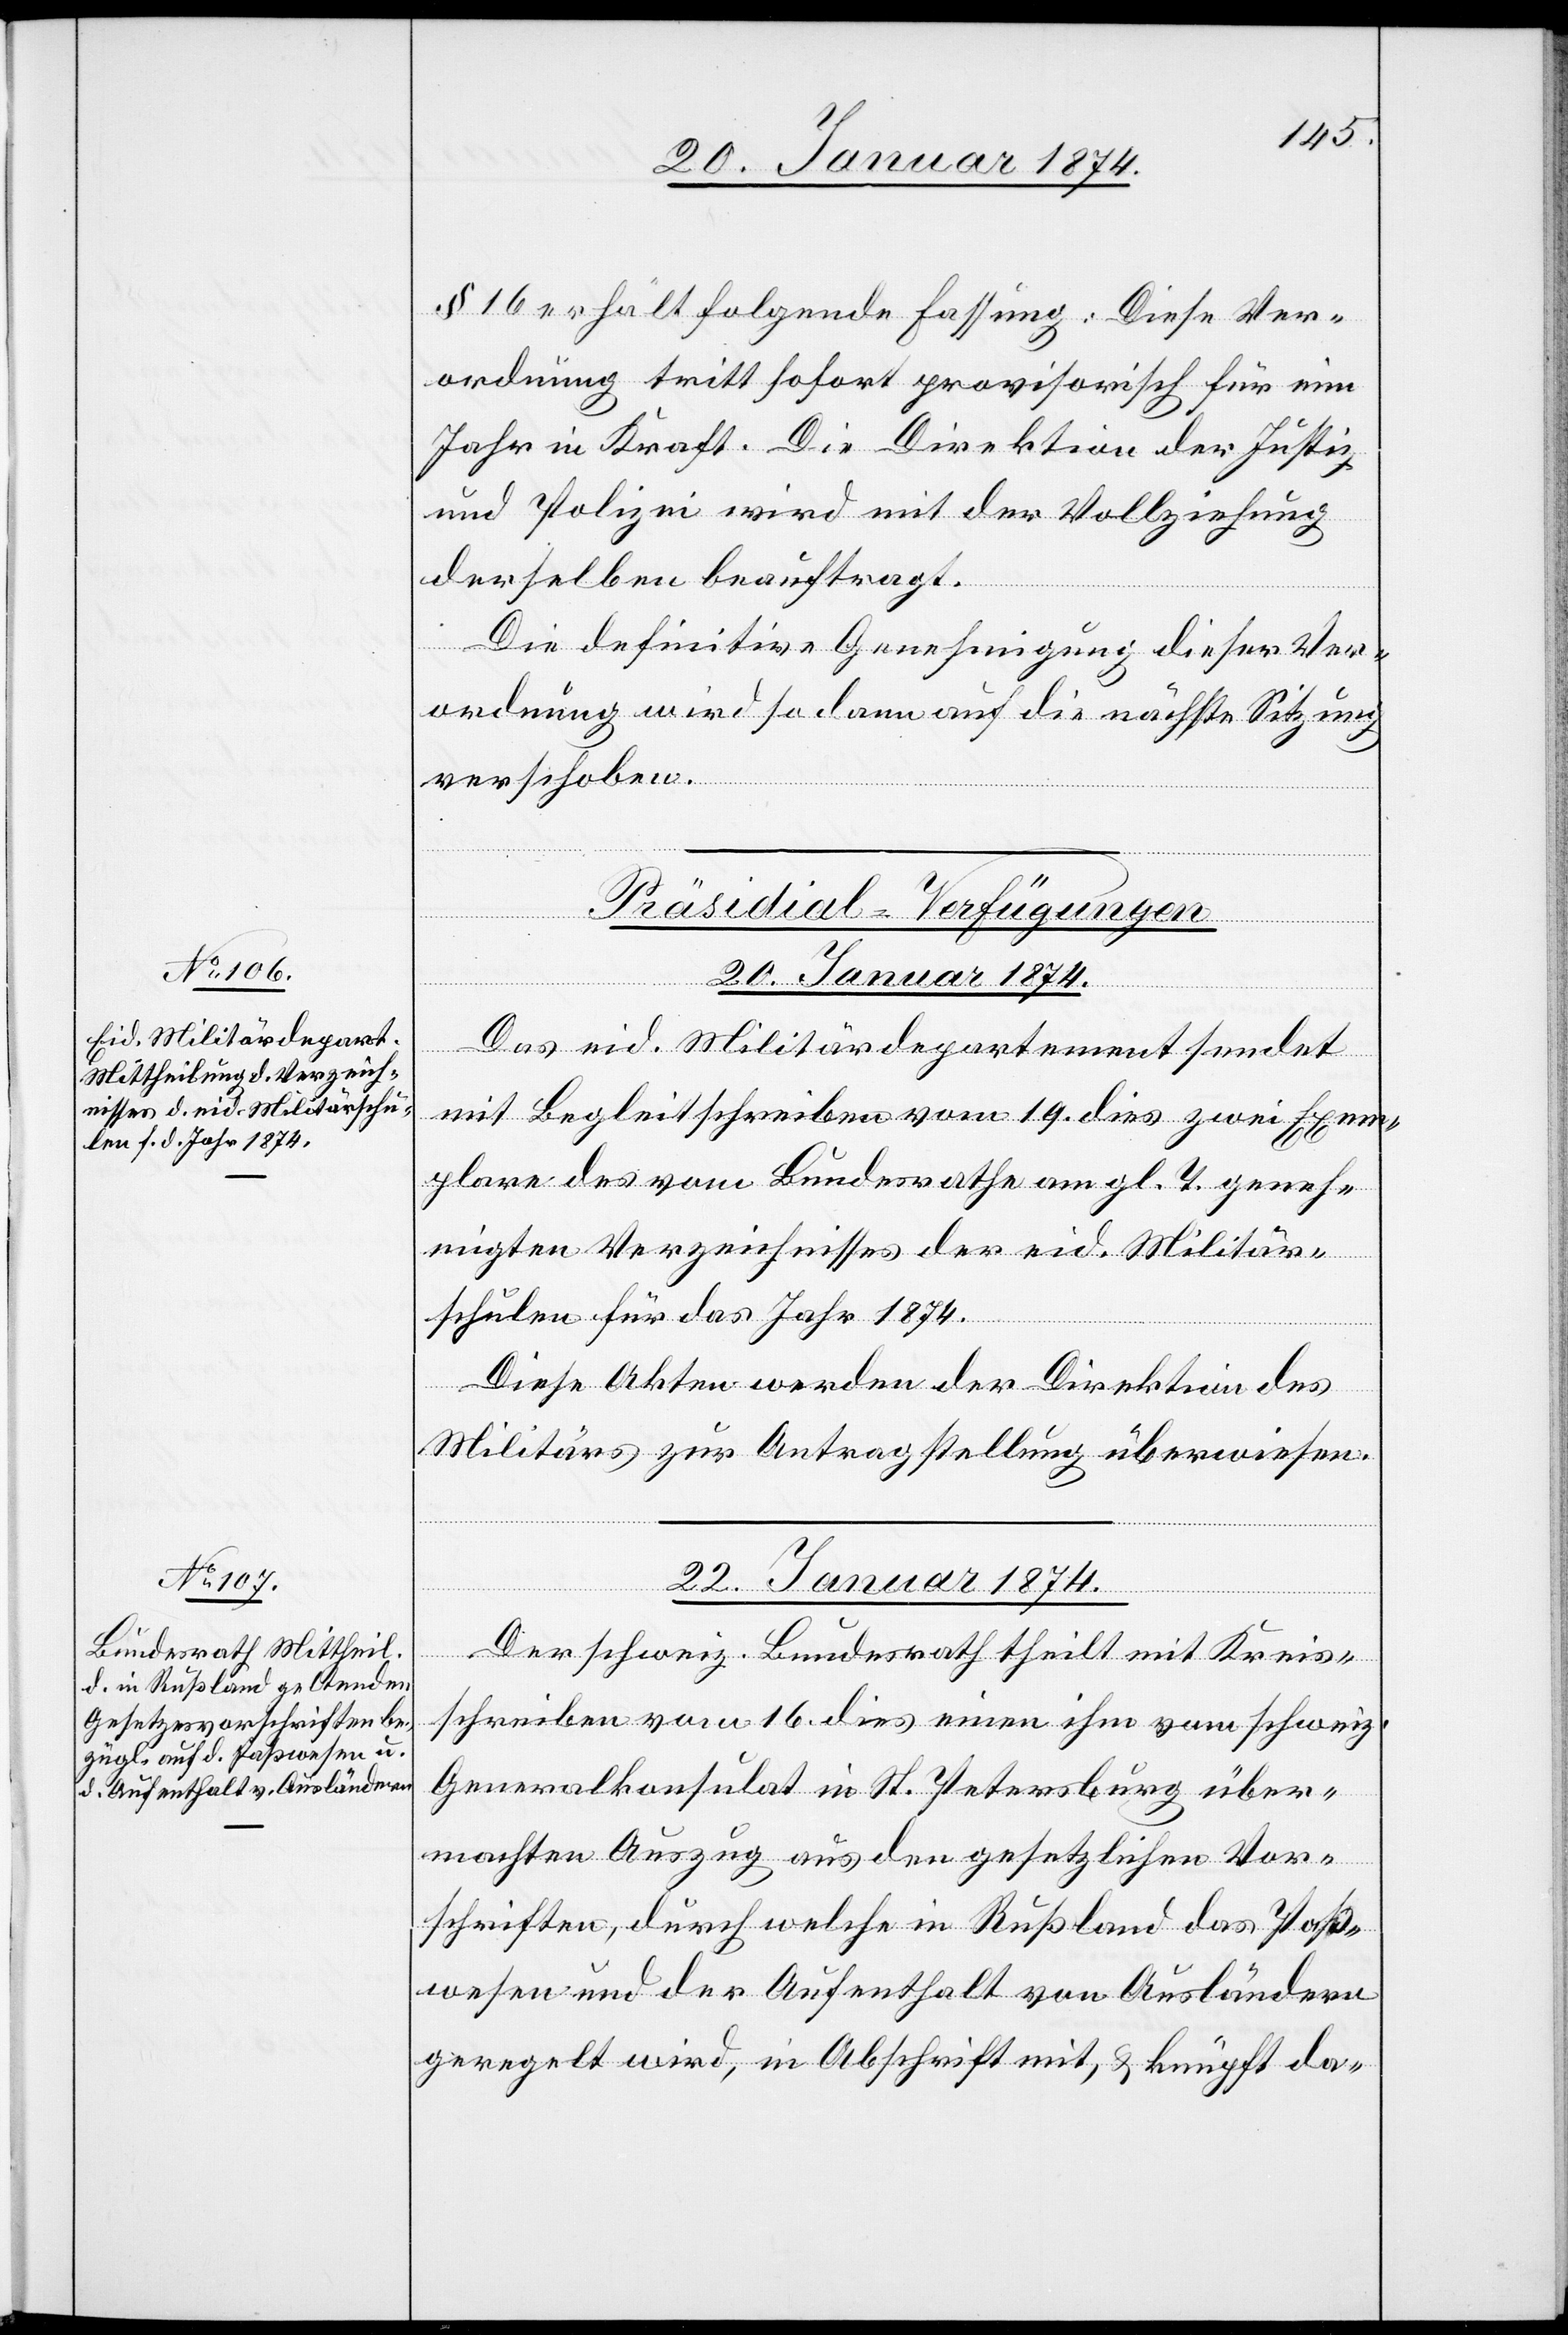
§ 16 erhält folgende Fassung: Diese Ver¬
ordnung tritt sofort provisorisch für ein
Jahr in Kraft. Die Direktion der Justiz
und Polizei wird mit der Vollziehung
derselben beauftragt.
Die definitive Genehmigung dieser Ver¬
ordnung wird sodann auf die nächste Sitzung
verschoben.
[Präsidial-Verfügungen]
20. Januar 1874.
Das eid. Militärdepartement sendet
mit Begleitschreiben vom 19. dies zwei Exem¬
plare des vom Bundesrathe am gl. T. geneh¬
migten Verzeichnisses der eid. Militär¬
schulen für das Jahr 1874.
Diese Akten werden der Direktion des
Militärs zu Antragstellung überwiesen.
22. Januar 1874.
Der schweiz. Bundesrath theilt mit Kreis¬
schreiben vom 16. dies einen ihm vom schweiz.
Generalkonsulat in St. Petersburg über¬
machten Auszug aus den gesetzlichen Vor¬
schriften, durch welche in Rußland das Paß¬
wesen und der Aufenthalt von Ausländern
geregelt wird, in Abschrift mit, & knüpft da-